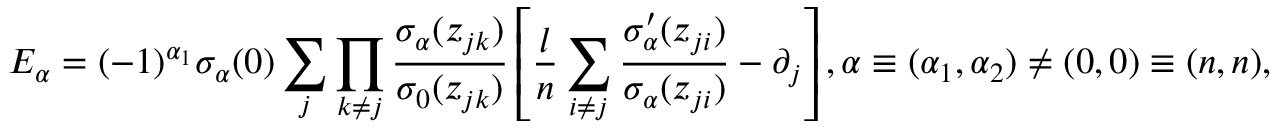
E _ { \alpha } = ( - 1 ) ^ { \alpha _ { 1 } } \sigma _ { \alpha } ( 0 ) \sum _ { j } \prod _ { k \neq j } \frac { \sigma _ { \alpha } ( z _ { j k } ) } { \sigma _ { 0 } ( z _ { j k } ) } \left[ \frac { l } { n } \sum _ { i \neq j } \frac { \sigma _ { \alpha } ^ { \prime } ( z _ { j i } ) } { \sigma _ { \alpha } ( z _ { j i } ) } - \partial _ { j } \right] , \alpha \equiv ( \alpha _ { 1 } , \alpha _ { 2 } ) \neq ( 0 , 0 ) \equiv ( n , n ) ,